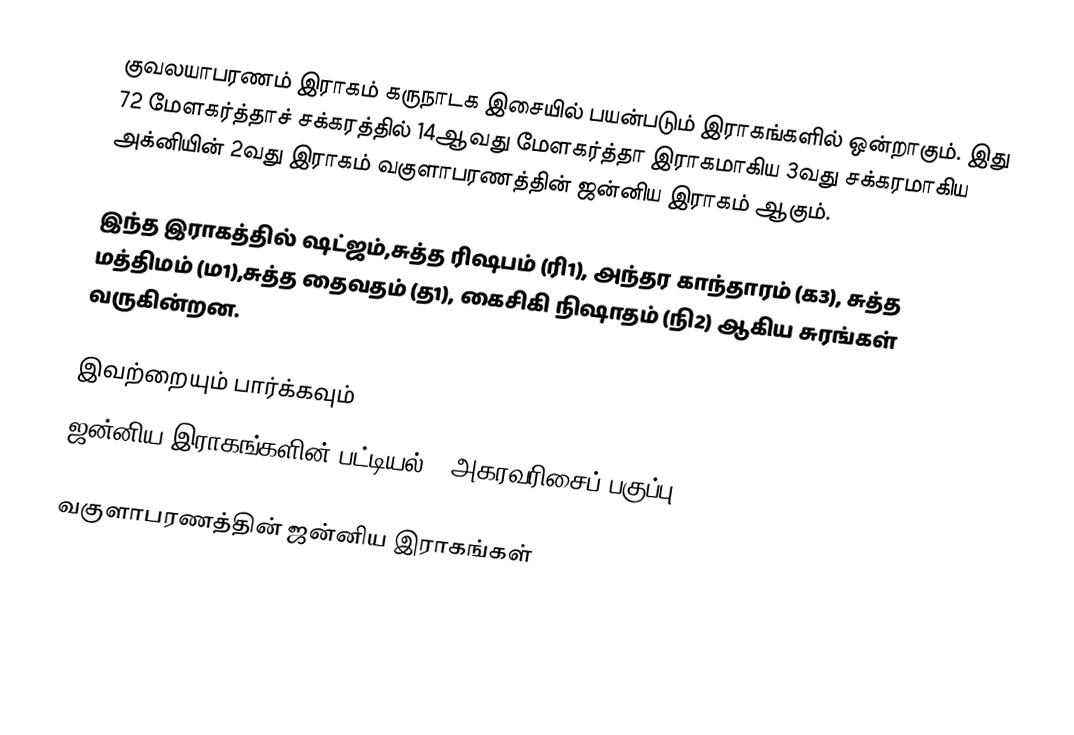
குவலயாபரணம் இராகம் கருநாடக இசையில் பயன்படும் இராகங்களில் ஒன்றாகும். இது 72 மேளகர்த்தாச் சக்கரத்தில் 14ஆவது மேளகர்த்தா இராகமாகிய 3வது சக்கரமாகிய அக்னியின் 2வது இராகம் வகுளாபரணத்தின் ஜன்னிய இராகம் ஆகும்.

இந்த இராகத்தில் ஷட்ஜம்,சுத்த ரிஷபம் (ரி1), அந்தர காந்தாரம் (க3), சுத்த மத்திமம் (ம1),சுத்த தைவதம் (த1), கைசிகி நிஷாதம்  (நி2) ஆகிய சுரங்கள் வருகின்றன.

இவற்றையும் பார்க்கவும்
 ஜன்னிய இராகங்களின் பட்டியல் - அகரவரிசைப் பகுப்பு

வகுளாபரணத்தின் ஜன்னிய இராகங்கள்